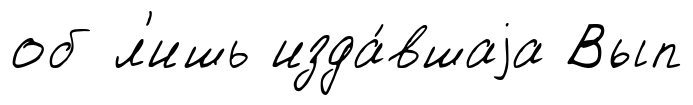
об л'ишь изда́вшаjа Вып